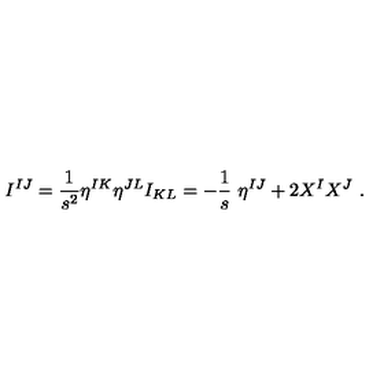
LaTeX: I ^ { I J } = \frac { 1 } { s ^ { 2 } } \eta ^ { I K } \eta ^ { J L } I _ { K L } = - \frac 1 s \ \eta ^ { I J } + 2 X ^ { I } X ^ { J } \ .